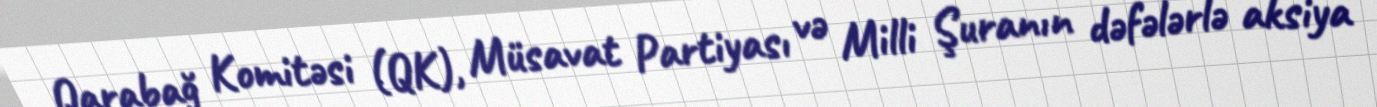
Qarabağ Komitəsi (QK), Müsavat Partiyası və Milli Şuranın dəfələrlə aksiya